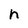
Character: h